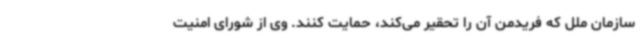
سازمان ملل که فریدمن آن را تحقیر می‌کند، حمایت کنند. وی از شورای امنیت